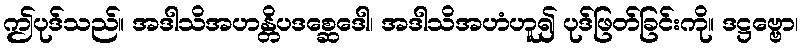
ဤပုဒ်သည်။ အဒါသိအဟန္တိပဒစ္ဆေဒေါ၊ အဒါသိအဟံဟူ၍ ပုဒ်ဖြတ်ခြင်းကို။ ဒဋ္ဌဗ္ဗော၊